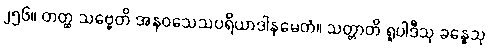
၂၅၆။ တတ္ထ သဗ္ဗေတိ အနဝသေသပရိယာဒါနမေတံ။ သတ္တာတိ ရူပါဒီသု ခန္ဓေသု